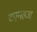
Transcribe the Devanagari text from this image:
टएनहअ